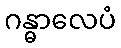
ဂန္ဓာလေပံ